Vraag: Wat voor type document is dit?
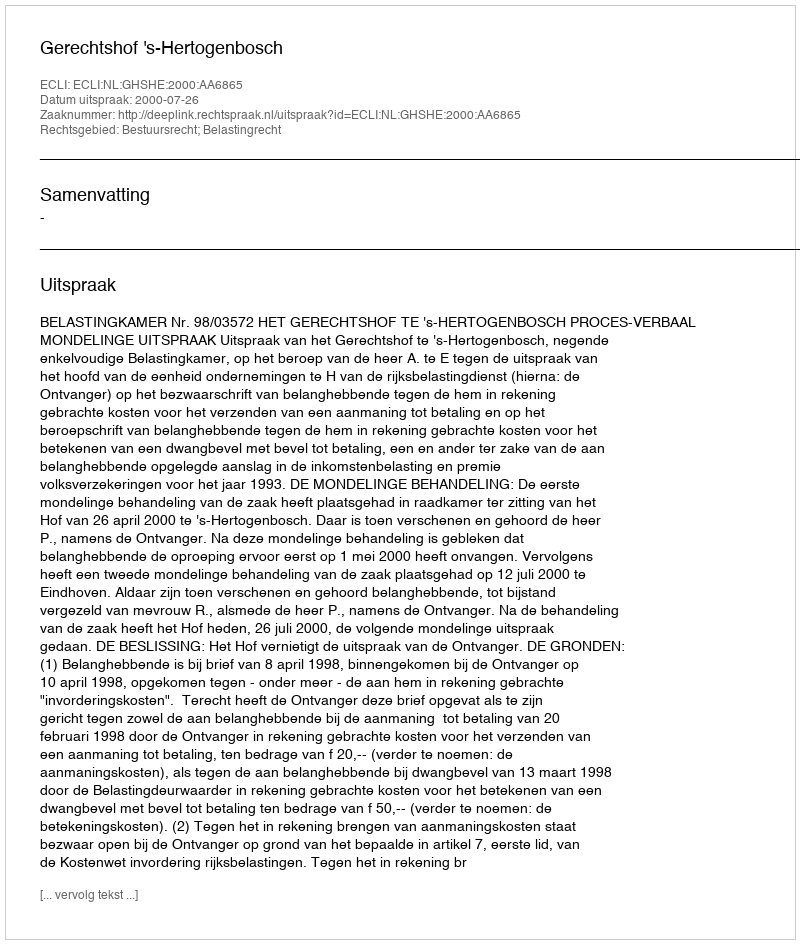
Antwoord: Uitspraak